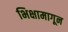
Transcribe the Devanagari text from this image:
भिक्षामागून